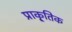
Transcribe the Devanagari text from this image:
प्राकृ्तिक